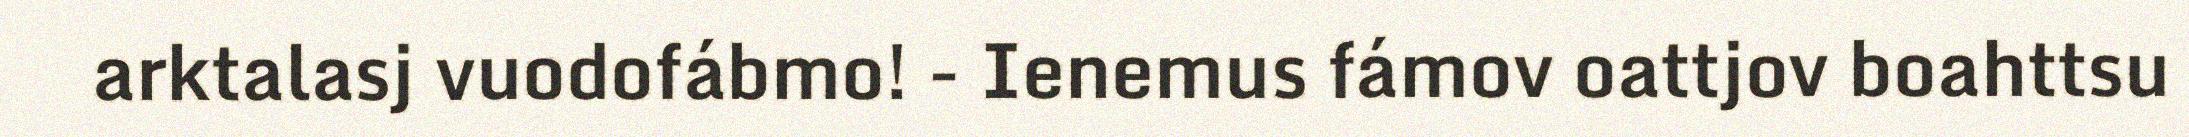
arktalasj vuodofábmo! - Ienemus fámov oattjov boahttsu